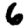
Digit: 6